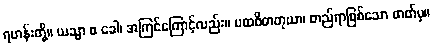
ရဟန်းတို့။ ယသ္မာ စ ခေါ၊ အကြင်ကြောင့်လည်း။ ပထဝိဓာတုယာ၊ တည်ရာဖြစ်သော ဓာတ်မှ။